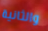
والثانية